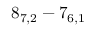
8 _ { 7 , 2 } - 7 _ { 6 , 1 }